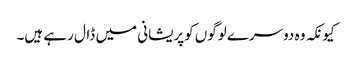
کیونکہ وہ دوسرے لوگوں کوپریشانی میں ڈال رہے ہیں۔